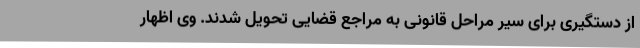
از دستگیری برای سیر مراحل قانونی به مراجع قضایی تحویل شدند. وی اظهار